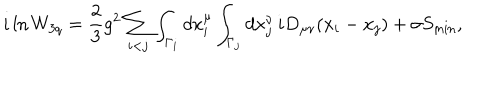
LaTeX: i \ln W _ { 3 q } = \frac { 2 } { 3 } g ^ { 2 } \sum _ { i < j } \int _ { \Gamma _ { i } } d x _ { i } ^ { \mu } \int _ { \Gamma _ { j } } d x _ { j } ^ { \nu } \, i D _ { \mu \nu } ( x _ { i } - x _ { j } ) + \sigma S _ { \min } ,